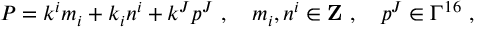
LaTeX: P = k ^ { i } m _ { i } + k _ { i } n ^ { i } + k ^ { J } p ^ { J } ~ , ~ ~ ~ m _ { i } , n ^ { i } \in { \bf Z } ~ , ~ ~ ~ p ^ { J } \in \Gamma ^ { 1 6 } ~ ,